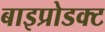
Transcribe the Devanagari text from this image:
बाइप्रोडक्ट